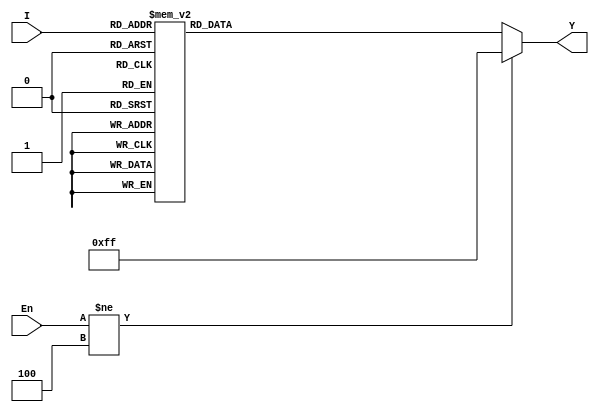
//P169_3-8_74X138
module decoder3_8(I, En, Y);
	input wire[2:0] En;
	input wire[2:0] I;
	output reg[7:0] Y;
                    
//   assign Y = (En==3'b100) ? ~(8'b0000_0001 << I) : 8'b0000_0000;
	
    always @(I, En) begin
        if (En != 3'b100)
            Y = 8'b1111_1111;
        else begin
            case (I)
                3'b000: Y = 8'b0111_1111;
                3'b001: Y = 8'b1011_1111;
                3'b010: Y = 8'b1101_1111;
                3'b011: Y = 8'b1110_1111;
                3'b100: Y = 8'b1111_0111;
                3'b101: Y = 8'b1111_1011;
                3'b110: Y = 8'b1111_1101;
                3'b111: Y = 8'b1111_1110;
            endcase
        end
    end
 endmodule